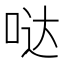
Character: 哒